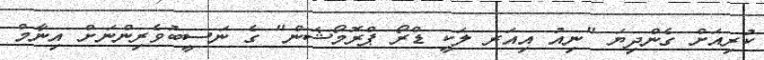
ކުރިއަށް ގެންދިޔަ "ނިއު އިއަރ ލަކީ ޑްރޯ ޕްރޮމޯޝަން" ގެ ނަސީބުވެރިންނަށް އިނާމް